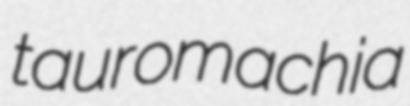
tauromachia